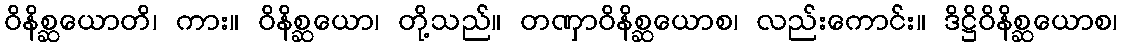
ဝိနိစ္ဆယောတိ၊ ကား။ ဝိနိစ္ဆယော၊ တို့သည်။ တဏှာဝိနိစ္ဆယောစ၊ လည်းကောင်း။ ဒိဋ္ဌိဝိနိစ္ဆယောစ၊